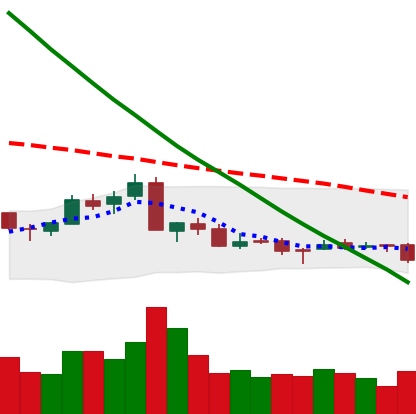
Ticker: NEO-USD
Chart end date: 2018-09-17
Forward return: 12.327%
Label: up_7plus